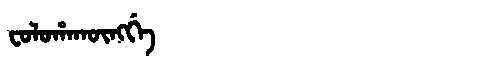
Manchu: ᠸᠣᠯᠣᡥᠠᡴᡡᠩᡤᡝ
Romanization: FOLOHAKŪNGGE